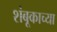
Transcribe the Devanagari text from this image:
शंबूकाच्या